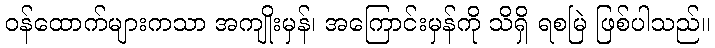
ဝန်ထောက်များကသာ အကျိုးမှန်၊ အကြောင်းမှန်ကို သိရှိ ရစမြဲ ဖြစ်ပါသည်။